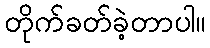
တိုက်ခတ်ခဲ့တာပါ။